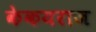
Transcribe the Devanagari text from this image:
केकयराज